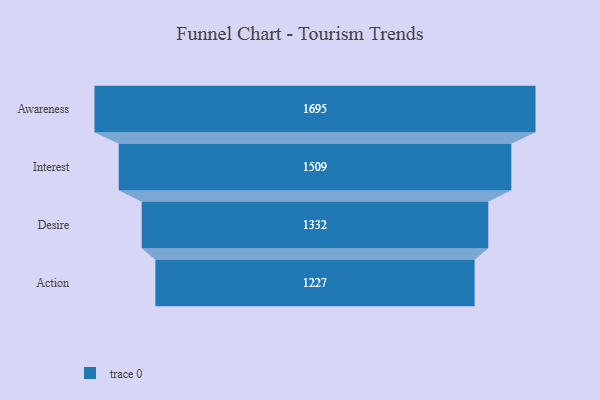
{"axis": {"x": "Stage", "y": "Value"}, "legend": [""], "data": [{"x": "Awareness", "y": 1695.0, "type": ""}, {"x": "Interest", "y": 1509.0, "type": ""}, {"x": "Desire", "y": 1332.0, "type": ""}, {"x": "Action", "y": 1227.0, "type": ""}]}